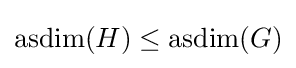
\operatorname {asdim} (H)\leq \operatorname {asdim} (G)